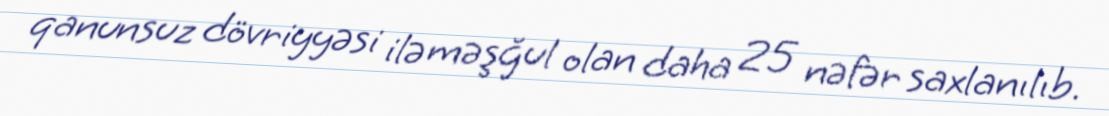
qanunsuz dövriyyəsi ilə məşğul olan daha 25 nəfər saxlanılıb.